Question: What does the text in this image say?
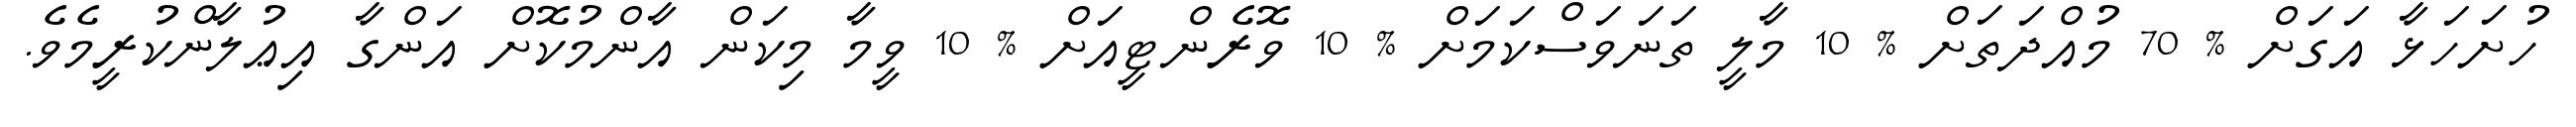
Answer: ހުށަހަޅާ އަގަށް % 70 މުއްދަތަށް % 10 މާލީ ތަނަވަސްކަމަށް % 10 ވޮރެންޓީއަށް % 10 ވީމާ މިކަން އާންމުކޮށް އަންގާ އިޢުލާންކުރީމެވެ.